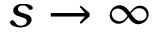
s \rightarrow \infty